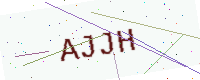
Text: AJJH